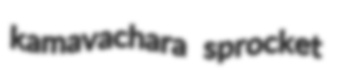
kamavachara sprocket